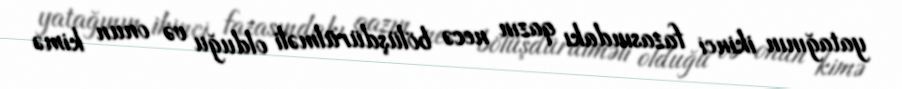
yatağının ikinci fazasındakı qazın necə bölüşdürülməli olduğu və onun kimə